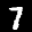
Label: 7